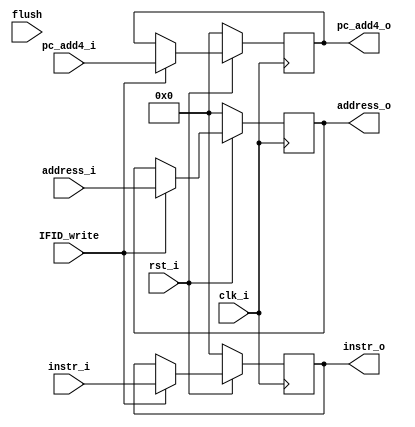
module IF_register (clk_i, rst_i,IFID_write,address_i, instr_i,pc_add4_i, address_o, instr_o,flush,pc_add4_o);

	input clk_i ;
	input rst_i;
	input IFID_write;
	input [31:0] address_i;
	input [31:0] instr_i;
	input [31:0] pc_add4_i;
	input flush;
	output reg [31:0] address_o;
	output reg [31:0] instr_o;
	output reg [31:0] pc_add4_o;

always @(posedge clk_i)begin
    if(~rst_i)begin
        address_o <= 0;
        instr_o <= 0;
        pc_add4_o <= 0;
    end
    else if(IFID_write)begin
        address_o <= address_i;
        instr_o   <= instr_i;
        pc_add4_o <= pc_add4_i; 
    end 
end

endmodule